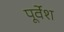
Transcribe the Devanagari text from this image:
पूर्वेश